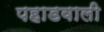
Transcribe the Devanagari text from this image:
पहाडवाली